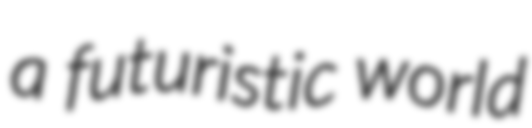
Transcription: a futuristic world